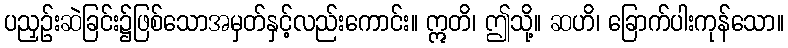
ပညှဉ်းဆဲခြင်း၌ဖြစ်သောအမှတ်နှင့်လည်းကောင်း။ ဣတိ၊ ဤသို့။ ဆဟိ၊ ခြောက်ပါးကုန်သော။